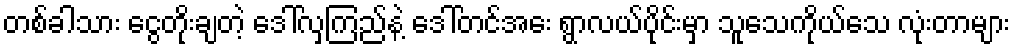
တစ်ခါသား ငွေတိုးချတဲ့ ဒေါ်လှကြည်နဲ့ ဒေါ်တင်အေး ရွာလယ်ပိုင်းမှာ သူသေကိုယ်သေ လုံးတာများ